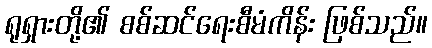
ရုရှားတို့၏ စစ်ဆင်ရေးစီမံကိန်း ဖြစ်သည်။